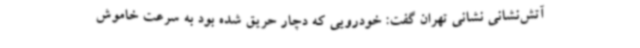
آتش‌نشانی نشانی تهران گفت: خودرویی که دچار حریق شده بود به سرعت خاموش